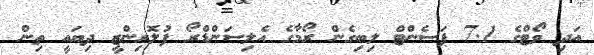
އަދި ވޯޓްގެ 7.1 ޕަސެންޓް ލިބިގެން ރޯމާގެ އެލިސަންޑްރޯ ފުލޮރިންޒީ ދިޔައީ ތިން